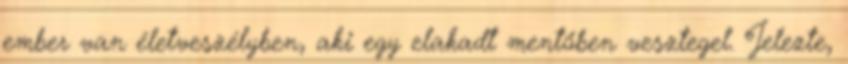
ember van életveszélyben, aki egy elakadt mentőben vesztegel. Jelezte,